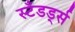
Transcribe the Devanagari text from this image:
स्टॅंडर्ड्स